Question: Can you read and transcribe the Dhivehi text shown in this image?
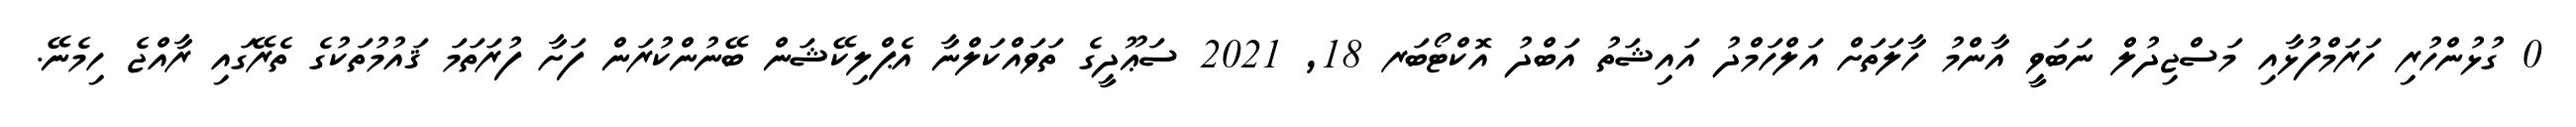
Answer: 0 ގުޅުންހުރި ހަރަމްފުޅާއި މަސްޖިދުލް ނަބަވީ އާންމު ހާލަތަށް އަލްހަމްދު އައިޝަތު އަބްދު އޮކްޓޯބަރ 18, 2021 ސަޢޫދީގެ ތަވައްކަލްނާ އެޕްލިކޭޝަން ބޭނުންކުރަން ފަށާ ފުރަތަމަ ޤައުމުތަކުގެ ތެރޭގައި ރާއްޖެ ހިމެނޭ.